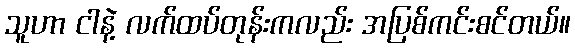
သူဟာ ငါနဲ့ လက်ထပ်တုန်းကလည်း အပြစ်ကင်းစင်တယ်။